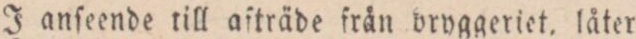
J anſeende till aſträde från bryggeriet, låter